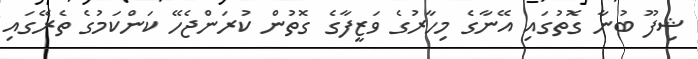
ޝިފޫ ބުނާ ގޮތުގައި އޭނާގެ މިހާރުގެ ވަޒީފާގެ ގޮތުން ކުރަންޖެހޭ ކަންކަމުގެ ތެރޭގައި